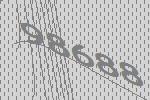
98688